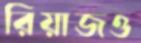
রিয়াজও